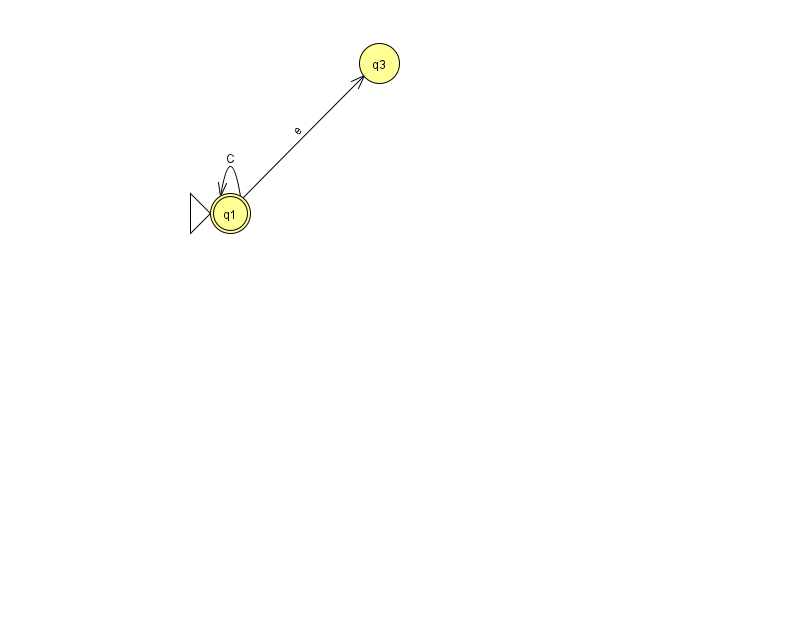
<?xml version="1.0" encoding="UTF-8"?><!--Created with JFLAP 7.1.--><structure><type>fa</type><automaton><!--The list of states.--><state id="1" name="q1"><x>230.0</x><y>200.0</y><initial/><final/></state><state id="3" name="q3"><x>379.0</x><y>50.0</y></state><!--The list of transitions.--><transition><from>1</from><to>1</to><read>C</read></transition><transition><from>1</from><to>3</to><read>e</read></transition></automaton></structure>